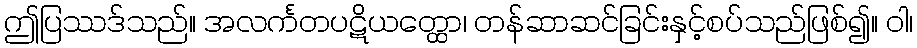
ဤပြဿဒ်သည်။ အလင်္ကတပဋိယတ္ထော၊ တန်ဆာဆင်ခြင်းနှင့်စပ်သည်ဖြစ်၍။ ဝါ၊